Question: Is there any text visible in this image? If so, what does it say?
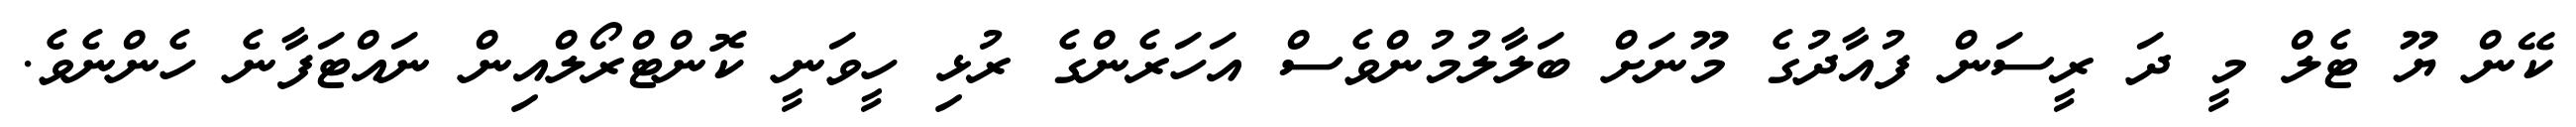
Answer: ކޭން ޔޫ ޓެލް މީ ދަ ރީސަން ފުއާދުގެ މޫނަށް ބަލާލުމުންވެސް އަހަރެންގެ ރުޅި ހީވަނީ ކޮންޓްރޯލްއިން ނައްޓަފާނެ ހެންނެވެ.